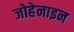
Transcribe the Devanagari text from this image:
जोहेनाइन